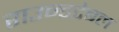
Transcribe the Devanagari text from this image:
राउन्डटेबल